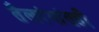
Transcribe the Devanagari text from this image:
तैलरंगांतही